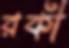
রকী